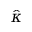
\hat { \kappa }